Calcutta medical institutions reports 1879-81 [i.e.91]
Year: 1879
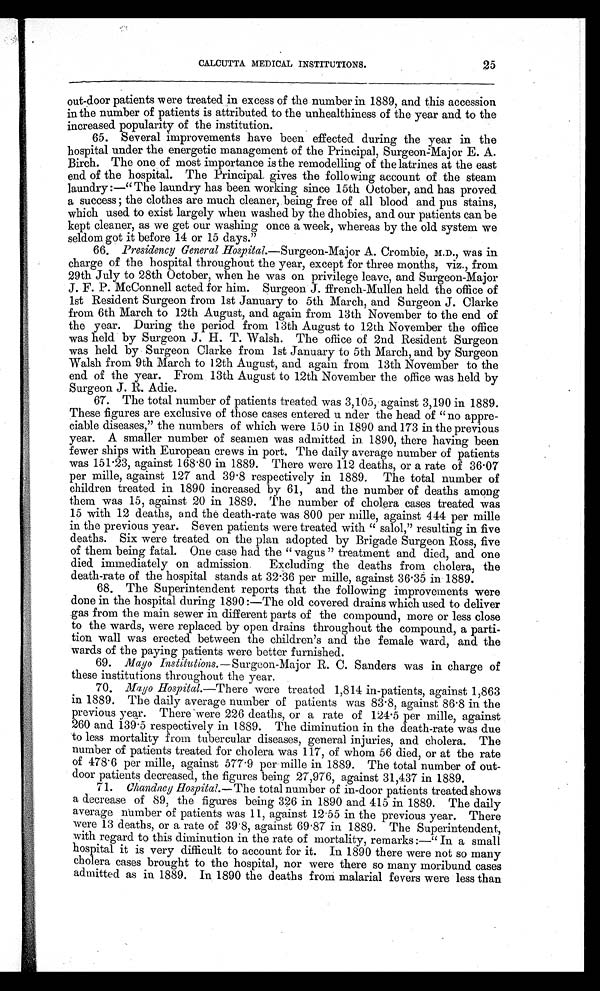
CALCUTTA MEDICAL INSTITUTIONS.
25
out-door patients were treated in excess of the number in 1889, and this accession
in the number of patients is attributed to the unhealthiness of the year and to the
increased popularity of the institution.
65. Several improvements have been effected during the year in the
hospital under the energetic management of the Principal Surgeon-Major E. A.
Birch. The one, of most importance is the remodelling of the latrines at the east
end of the hospital. The Principal, gives the following account of the steam
laundry :—" The laundry has been working since 15th October, and has proved
a s u c c e s s ; t h e c l o t h e s a r e m u c h c l e a n e r , b e i n g f r e e o f a l l b l o o d a n d p u s s t a i n s ,
which used to exist largely when washed by the dhobies, and our patients can be
kept cleaner, as we get our washing once a week, whereas by the old system we
seldom got it before 14 or 15 days."
66. Presidency General Hospital.—Surgeon-Major A. Crombie, M.D., was in
charge of the hospital throughout the year, except for three months, viz., from
29th July to 28th October, when he was on privilege leave, and Surgeon-Major
J. F. P. McConnell acted for him. Surgeon J . ffrench-Mullen held the office of
1st Resident Surgeon from 1st January to 5th March, and Surgeon J. Clarke
from 6th March to 12th August, and again from 13th November to the end of
the year. During the period from 13th August to 12th November the office
was held by Surgeon J. H. T. Walsh. The office of 2nd Resident Surgeon
was held by Surgeon Clarke from 1st January to 5th March, and by Surgeon
Walsh from 9th March to 12th August, and again from 13th November to the
end of the year. From 13th August to 12th November the office was held by
Surgeon J. R. Adie.
67. The total number of patients treated was 3,105, against 3,190 in 1889.
These figures are exclusive of those cases entered u nder the head of "no appre-
ciable diseases," the numbers of which were 150 in 1890 and 173 in the previous
year. A smaller number of seamen was admitted in 1890, there having been
fewer ships with European crews in port. The daily average number of patients
was 151.23, against 168 .80 in 1889. There were 112 deaths, or a rate of 36.07
per mille, against 127 and 39 .8 respectively in 1889. The total number of
children treated in 1890 increased by 61, and the number of deaths among
them was 15, against 20 in 1889. The number of cholera cases treated was
15 with 12 deaths, and the death-rate was 800 per mille, against 444 per mille
in the previous year. Seven patients were treated with " salol," resulting in five
deaths. Six were treated on the plan adopted by Brigade Surgeon Ross, five
of them being fatal. One case had the " vagus " treatment and died, and one
died immediately on admission. Excluding the deaths from cholera, the
death-rate of the hospital stands at 32 .36 per mille, against 36.35 in 1889.
68. The Superintendent reports that the following improvements were
done in the hospital during 1890 :—The old covered drains which used to deliver
gas from the main sewer in different parts of the compound, more or less close
to the wards, were replaced by open drains throughout the compound, a parti-
tion wall was erected between the children's and the female ward, and the
wards of the paying patients were better furnished.
69. Mayo Institutions.— Surgeon-Major R. C. Sanders was in charge of
these institutions throughout the year.
70. Mayo Hospital.—There were treated 1,814 in-patients, against 1,863
in 1889. The daily average number of patients was 83 .8, against 86.8 in the
previous year. There were 226 deaths, or a rate of 124 .5 per mille, against
260 and 139.5 respectively in 1889. The diminution in the death-rate was due
to less mortality from tubercular diseases, general injuries, and cholera. The
number of patients treated for cholera was 117, of whom 56 died, or at the rate
of 478.6 per mille, against 577 .9 per mille in 1889. The total number of out-
door patients decreased, the figures being 27,976, against 31,437 in 1889.
71.
Chandney Hospital.—T h e
t o t a l n u m b e r o f i n - d o o r p a t i e n t s t r e a t e d s h o w s
a decrease of 89, the figures being 326 in 1890 and 415 in 1889. The daily
average number of patients was 11, against 12.55 in the previous year. There
were 13 deaths, or a rate of 39.8, against 69 .87 in 1889. The Superintendent,
with regard to this diminution in the rate of mortality, remarks :—" In a small
hospital it is very difficult to account for it. In 1890 there were not so many
cholera cases brought to the hospital, nor were there so many moribund cases
admitted as in 1889. In 1890 the deaths from malarial fevers were less than